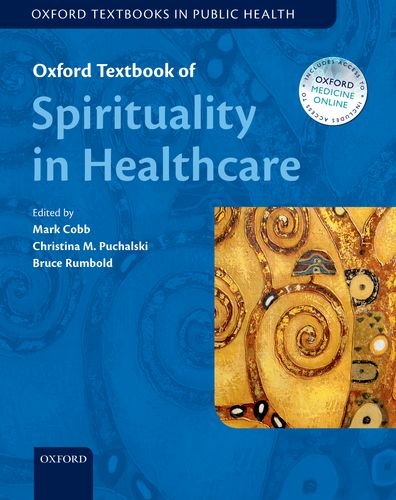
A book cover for Oxford Textbook of Spirituality in Healthcare (Oxford Textbooks in Public Health); Self-Help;